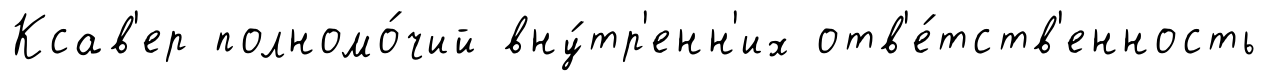
Ксав'ер полномо́чий вну́тр'енн'их отв'е́тств'енность